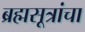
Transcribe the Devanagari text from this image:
ब्रह्मसूत्रांचा